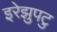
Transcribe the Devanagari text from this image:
इरेझुपटु